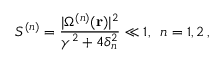
S ^ { ( n ) } = \frac { | \Omega ^ { ( n ) } ( { \bf r } ) | ^ { 2 } } { \gamma ^ { 2 } + 4 \delta _ { n } ^ { 2 } } \ll 1 , \, \, \, n = 1 , 2 \, ,